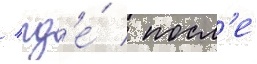
/ гд'е́ / посл'е